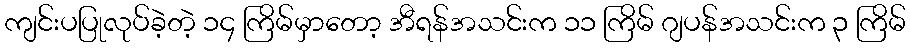
ကျင်းပပြုလုပ်ခဲ့တဲ့ ၁၄ ကြိမ်မှာတော့ အီရန်အသင်းက ၁၁ ကြိမ် ဂျပန်အသင်းက ၃ ကြိမ်